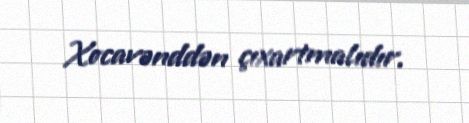
Xocavənddən çıxartmalıdır.